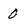
Character: 0